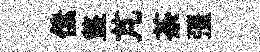
傃盩芃荼彊